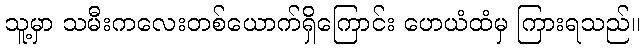
သူ့မှာ သမီးကလေးတစ်ယောက်ရှိကြောင်း ဟေယံထံမှ ကြားရသည်။